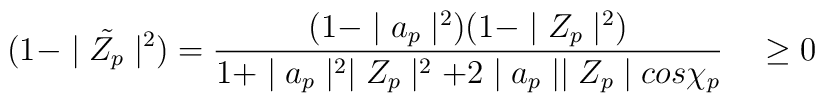
(1 - \mid {\tilde{ Z_p}} \mid^2 ) =   \frac{(1 -\mid a_p \mid^2)(1 - \mid Z_p\mid^2 )}{1 +\mid a_p\mid^2 \mid Z_p\mid^2 + 2\mid a_p\mid\mid Z_p \mid cos\chi_p}\quad \geq 0